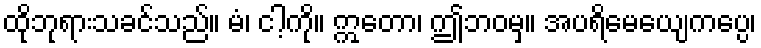
ထိုဘုရားသခင်သည်။ မံ၊ ငါ့ကို။ ဣတော၊ ဤဘဝမှ။ အပရိမေယျေကပ္ပေ၊